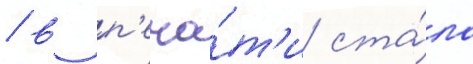
/ в п'еча́т'и ста́ла